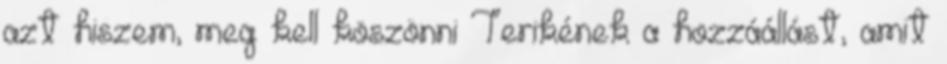
azt hiszem, meg kell köszönni Terikének a hozzáállást, amit